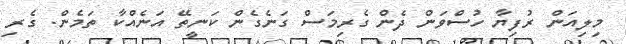
މިލިއަން ރުފިޔާ ހުސްވަން ދެން ގެރިމަސް ގަނެގެން ކަނީތޭ އަނެއްކާ ތަމެން. ގެރި